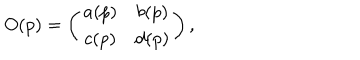
O ( p ) = \left( \begin{matrix} { { a ( p ) } } & { { b ( p ) } } \\ { { c ( p ) } } & { { d ( p ) } } \\ \end{matrix} \right) ,